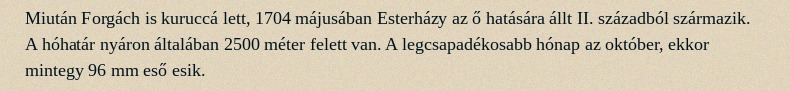
Miután Forgách is kuruccá lett, 1704 májusában Esterházy az ő hatására állt II. századból származik. A hóhatár nyáron általában 2500 méter felett van. A legcsapadékosabb hónap az október, ekkor mintegy 96 mm eső esik.